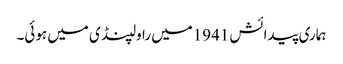
ہماری پیدائش 1941میں راولپنڈی میں ہوئی۔